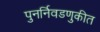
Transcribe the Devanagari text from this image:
पुनर्निवडणुकीत